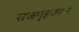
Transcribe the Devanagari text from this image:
राजगृहवरून